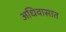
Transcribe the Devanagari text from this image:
अधिवासात